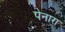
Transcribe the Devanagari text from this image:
पेनारा